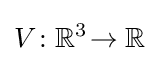
V\!:\mathbb {R} ^{3}\!\to \mathbb {R}